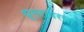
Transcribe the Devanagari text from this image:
धूम्रावरणा